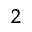
_ 2